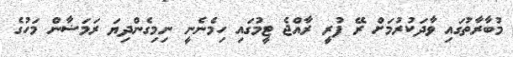
މުބާރާތުގައި ވާދަކުރުމަށް ރޭ ފުރީ ރާއްޖެ ޓީމުގައި ހިމެނެނީ ނިމިގެންދިޔަ ރަމަޟާން މަހުގެ